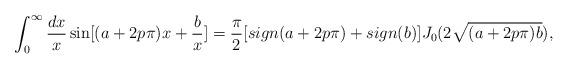
LaTeX: \begin{align*}\int^{\infty}_0 {dx \over x} \sin [(a+2p \pi)x + {b \over x}] = {\pi \over 2} [sign(a+2p\pi) + sign(b)] J_0 (2 \sqrt{(a+2p \pi)b}),\end{align*}